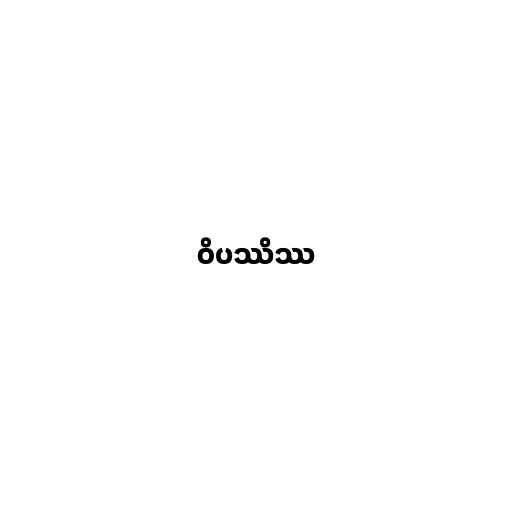
ဝိပဿိဿ